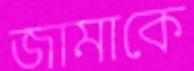
জামাকে